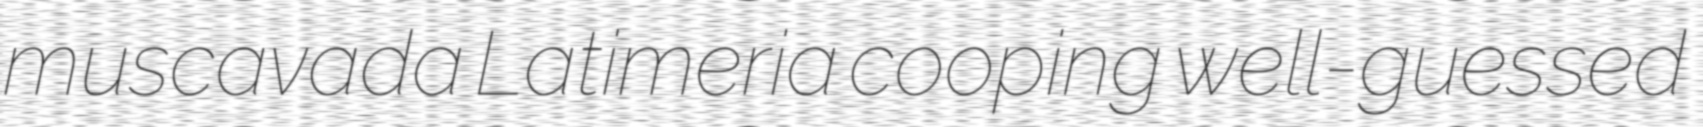
muscavada Latimeria cooping well-guessed